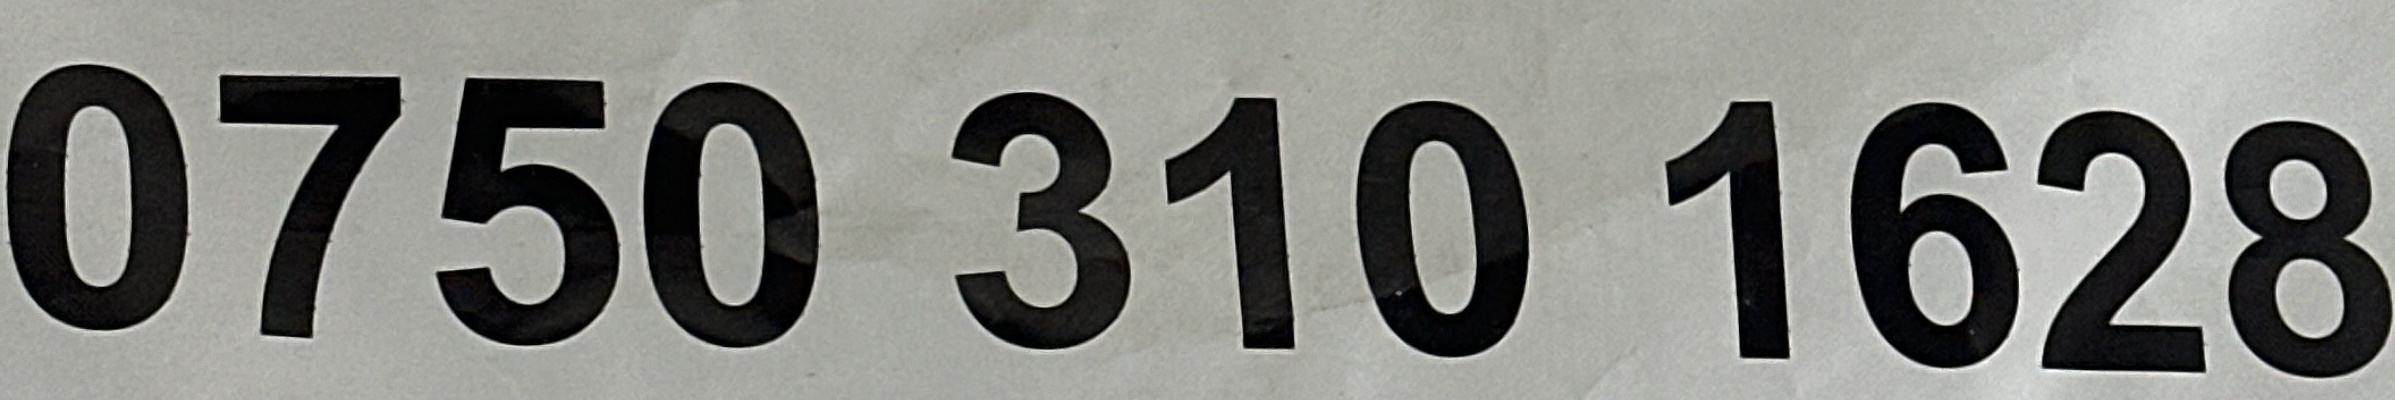
0750 310 1628